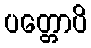
ပတ္တောပိ